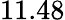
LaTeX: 11.48